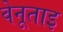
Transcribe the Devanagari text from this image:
वेनूताइ